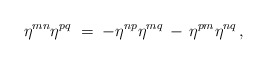
\begin{align*}\eta^{mn}\eta^{pq} \;=\; -\eta^{np}\eta^{mq} \,-\, \eta^{pm}\eta^{nq} \, ,\end{align*}